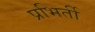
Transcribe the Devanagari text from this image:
प्रभिर्ती